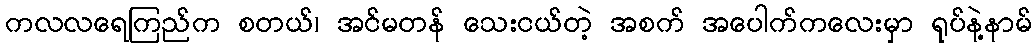
ကလလရေကြည်က စတယ်၊ အင်မတန် သေးငယ်တဲ့ အစက် အပေါက်ကလေးမှာ ရုပ်နဲ့နာမ်